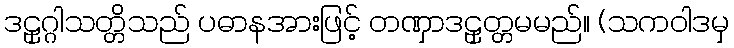
ဒဠှဂ္ဂါသတ္တိသည် ပဓာနအားဖြင့် တဏှာဒဠှတ္တမမည်။ (သကဝါဒမှ